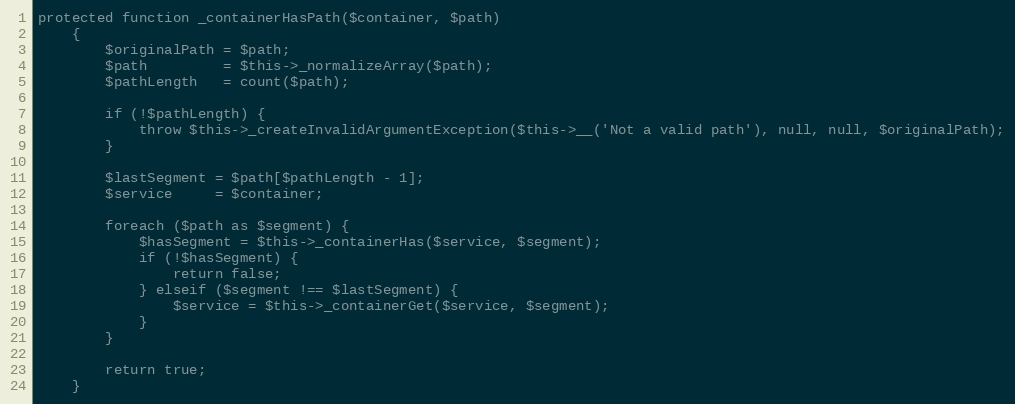
Language: PHP
protected function _containerHasPath($container, $path)
    {
        $originalPath = $path;
        $path         = $this->_normalizeArray($path);
        $pathLength   = count($path);

        if (!$pathLength) {
            throw $this->_createInvalidArgumentException($this->__('Not a valid path'), null, null, $originalPath);
        }

        $lastSegment = $path[$pathLength - 1];
        $service     = $container;

        foreach ($path as $segment) {
            $hasSegment = $this->_containerHas($service, $segment);
            if (!$hasSegment) {
                return false;
            } elseif ($segment !== $lastSegment) {
                $service = $this->_containerGet($service, $segment);
            }
        }

        return true;
    }